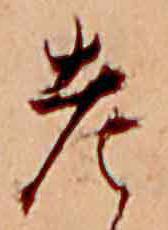
老